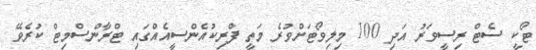
ޓޯކީ ސެޓް ރިސީވަރު އަދި 100 މިލިވޯޓަށްވުރެ މަތީ ފްރިކުއެންސީއެއްގައި ޓްރާންސްމިޓް ކުރެވޭ